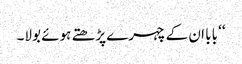
‘‘ بابا ان کے چہرے پڑھتے ہوئے بولا۔